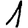
Digit: 1